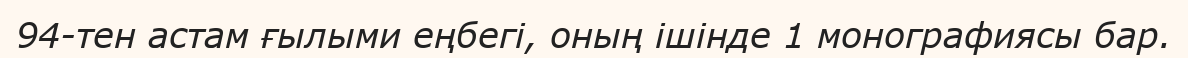
94-тен астам ғылыми еңбегі, оның ішінде 1 монографиясы бар.